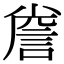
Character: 𮘐